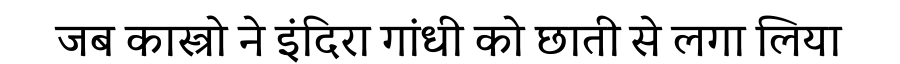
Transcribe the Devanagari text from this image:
जब कास्त्रो ने इंदिरा गांधी को छाती से लगा लिया